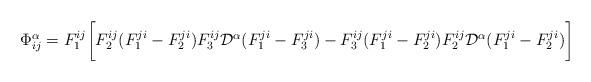
LaTeX: \begin{align*}\Phi^{\alpha}_{ij}=F_1^{ij}\biggl [F_2^{ij}(F_1^{ji}-F_{2}^{ji})F_3^{ij}\mathcal{D}^{\alpha} (F_1^{ji}-F_{3}^{ji})-F_3^{ij}(F_1^{ji}-F_{2}^{ji})F_2^{ij}\mathcal{D}^{\alpha} (F_1^{ji}-F_{2}^{ji})\biggl ]\end{align*}